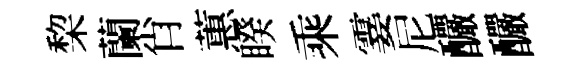
棃蘭肖蕙睽乘霎尼釅釅